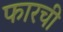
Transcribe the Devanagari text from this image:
फारची